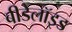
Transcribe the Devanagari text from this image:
बीडेलॉइड